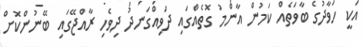
އަކީ ހަވާދުގެ ބާވަތެއް ކަމުން އާންމު ގޮތެއްގައި ދަވިއްގަނދު ދިވެހި ރާއްޖޭގައި ބޭނުންކޮށް